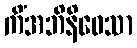
ကိံအဘိနိဝေသာ